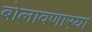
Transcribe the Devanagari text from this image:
बोलावणार्‍या